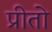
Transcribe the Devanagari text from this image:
प्रीतो